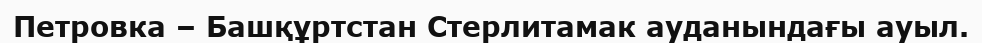
Петровка – Башқұртстан Стерлитамак ауданындағы ауыл.